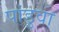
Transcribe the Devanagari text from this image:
पांडुवा